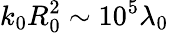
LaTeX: k_{0}R_{0}^{2}\sim 10^{5}\lambda_{0}